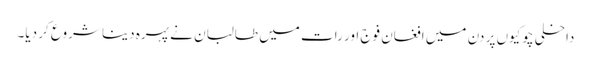
داخلی چوکیوں پر دن میں افغان فوج اور رات میں طالبان نے پہرہ دینا شروع کر دیا۔